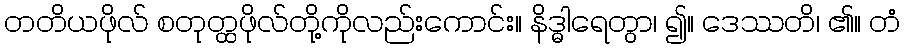
တတိယဖိုလ် စတုတ္ထဖိုလ်တို့ကိုလည်းကောင်း။ နိဒ္ဓါရေတွာ၊ ၍။ ဒေဿတိ၊ ၏။ တံ